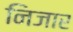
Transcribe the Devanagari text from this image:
निजार